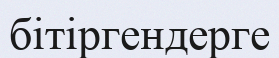
бітіргендерге